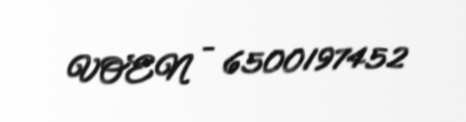
VOEN - 6500197452